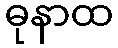
ဓုနာထ